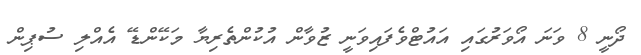
ދޯނީ 8 ވަނަ އޯވަރުގައި އައުޓްވެފައިވަނީ ޒުވާން އުކުންތެރިޔާ މަކޭންޑޭ އެއްލި ސުޕިން